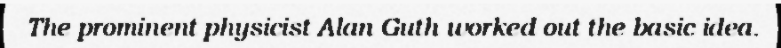
The prominent physicist Alan Guth worked out the basic idea.